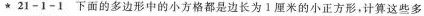
★21-1-1下面的多边形中的小方格都是边长为Ⅰ厘米的小正方形，计算这些多边